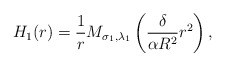
\begin{align*}H_{1}(r)=\frac{1}{r}M_{\sigma_{1}, \lambda_{1}}\left( \frac{\delta}{\alpha R^2} r^2\right),\end{align*}